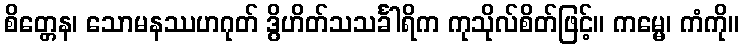
စိတ္တေန၊ သောမနဿဟဂုတ် ဒွိဟိတ်သသင်္ခါရိက ကုသိုလ်စိတ်ဖြင့်။ ကမ္မေ၊ ကံကို။